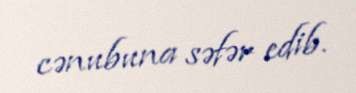
cənubuna səfər edib.